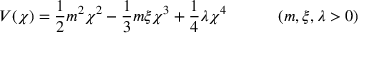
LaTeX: V ( \chi ) = \frac 1 2 m ^ { 2 } \chi ^ { 2 } - \frac 1 3 m \xi \chi ^ { 3 } + \frac 1 4 \lambda \chi ^ { 4 } \quad \quad \quad \left( m , \xi , \lambda > 0 \right)